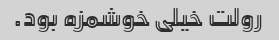
رولت خیلی خوشمزه بود.